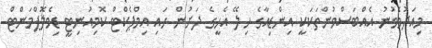
މިއަދުވެވުނު އެއްބަސްވުންތަކަކީ އިންޑިއާގެ ހިލޭ އެހީގެ ދަށުން ހައި އިމްޕެކްޓް ކޮމިއުނިޓީ ޑިވެލޮޕްމަންޓް